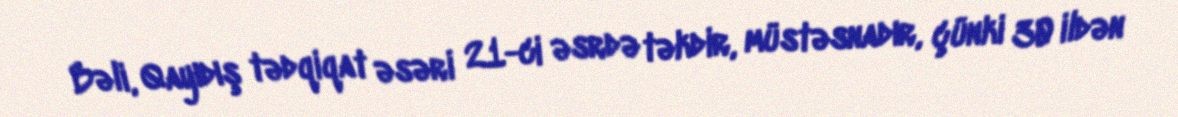
Bəli, Qayıdış tədqiqat əsəri 21-ci əsrdə təkdir, müstəsnadır, çünki 30 ildən